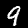
Label: 9